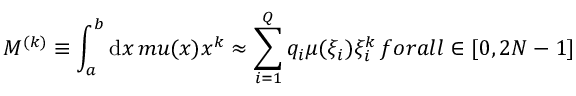
M ^ { ( k ) } \equiv \int _ { a } ^ { b } \mathrm { d } x \, m u ( x ) x ^ { k } \approx \sum _ { i = 1 } ^ { Q } q _ { i } \mu ( \xi _ { i } ) \xi _ { i } ^ { k } \, f o r a l l \k \in [ 0 , 2 N - 1 ]